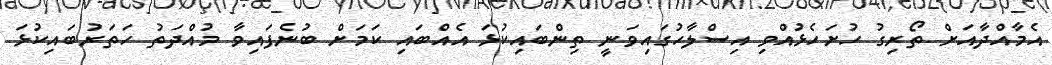
އެމާއްދާއަށް ތޯރިގު ހުށަހެޅުއްވި އިސްލާހުގައިވަނީ ތިންބައިކުޅަ އެއްބައި ކަމަށް ބުނެފައިވާ މުއްދަތު ހަތަރުބައިކުޅަ